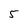
Character: 5